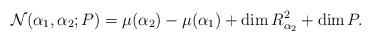
LaTeX: \begin{align*}{\mathcal N}({\alpha_1},{\alpha_2};P)=\mu(\alpha_2) - \mu(\alpha_1) + \dim R^2_{\alpha_2} + \dim P.\end{align*}